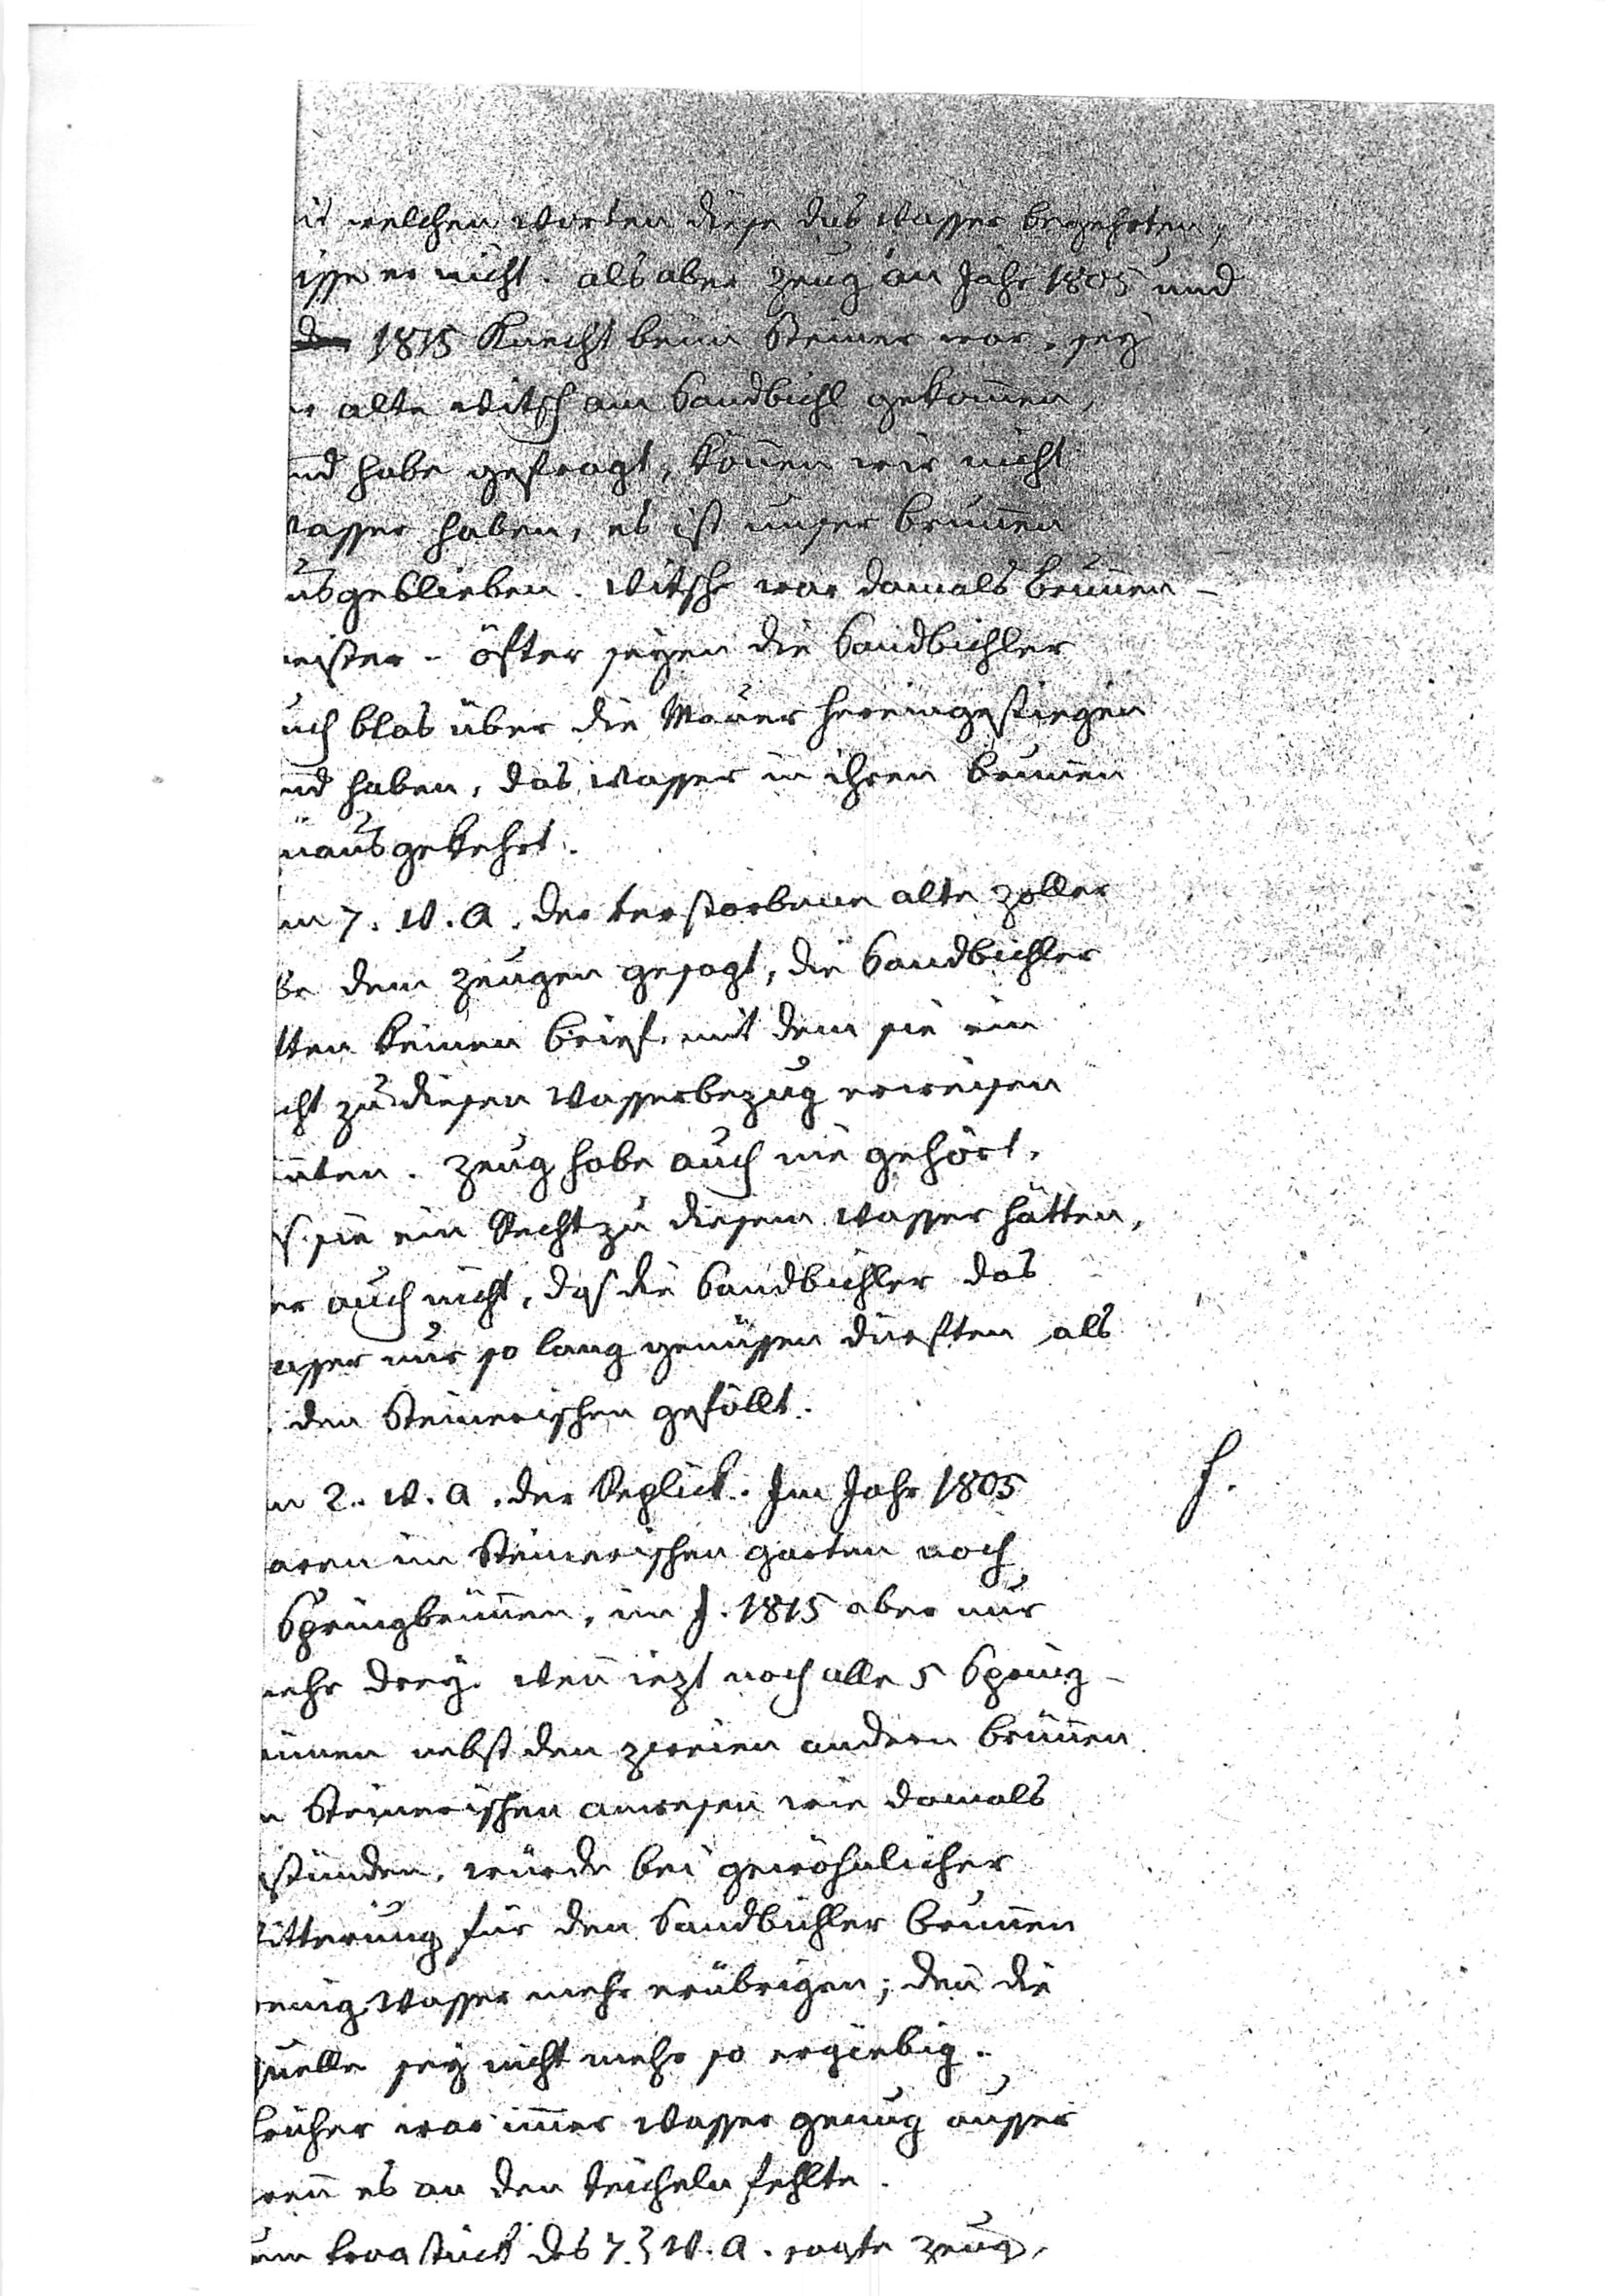
Mit welchen Worten diese das Wasser begehrten,
wisse es nicht. Als aber Zeug an Jahr 1805 und
dann 1815 Knecht beim Steiner war, sey
der alte Witsch am Sandbichl gekommen,
ud habe gefragt, können wir nicht
Wasser haben, es ist unser Brunnen
usgeblieben. Witsch war damals Brunnen¬
eister - öfter seyen die Sandbichler
auch blos über die Mauer hereingestiegen
ud haben, das Wasser in ihren Brunnen
inausgekehrt.
m 7. w. a. Der verstorbene alte Zoller
be dem Zeugen gesagt, die Sandbichler
tten keinen Brief, mit dem sie ein
cht zu diesem Wasserbezug erweisen
nten. Zeug habe auch nur gehört,
ß sie ein Recht zu diesem Wasser hätten,
hr auch nicht, daß die Sandbichler das
asser nur so lang geniessen dürften, als
 den Steinerischen gefällt.
m 2. w. a. Der Replick. Im Jahr 1805
aren im Steinerischen Garten noch
 Springbrunnen, im J. 1815 aber nur
mehr drey. Wenn iezt noch alle 5 Spring¬
runnen nebst dem zweien andern Brunnen
m Steinerischen Anwesen wie damals
stünden, würde bei gewöhnlicher
Witterung für den Sandbichler Brunnen
wenig Wasser mehr erübrigen; denn die
Quelle sey nicht mehr so ergiebig.
Früher war immer Wasser genug ausser
wenn es an den Teicheln fehlte.
Zum Fragstück des 7. ten w. a. sagte Zeug,
F.